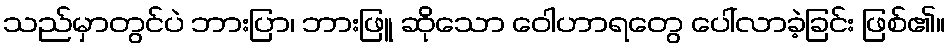
သည်မှာတွင်ပဲ ဘားပြာ၊ ဘားဖြူ ဆိုသော ဝေါဟာရတွေ ပေါ်လာခဲ့ခြင်း ဖြစ်၏။